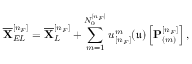
\overline { { \mathbf { X } } } _ { E L } ^ { [ n _ { F } ] } = \overline { { \mathbf { X } } } _ { L } ^ { [ n _ { F } ] } + \sum _ { m = 1 } ^ { N _ { 0 } ^ { [ n _ { F } ] } } u _ { [ n _ { F } ] } ^ { m } ( \mathfrak { u } ) \left[ \mathbf { P } _ { ( m ) } ^ { [ n _ { F } ] } \right] ,